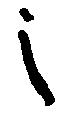
之